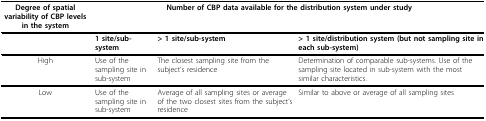
<table><thead><tr><td><b>Degree of spatial variability of CBP levels in the system</b></td><td colspan="3"><b>Number of CBP data available for the distribution system under study</b></td></tr></thead><tbody><tr><td></td><td><b>1 site/sub-system</b></td><td><b>&gt; 1 site/sub-system</b></td><td><b>&gt; 1 site/distribution system (but not sampling site in each sub-system)</b></td></tr><tr><td>High</td><td>Use of the sampling site in sub-system</td><td>The closest sampling site from the subject&#x27;s residence</td><td>Determination of comparable sub-systems. Use of the sampling site located in sub-system with the most similar characteristics.</td></tr><tr><td>Low</td><td>Use of the sampling site in sub-system</td><td>Average of all sampling sites or average of the two closest sites from the subject&#x27;s residence</td><td>Similar to above or average of all sampling sites</td></tr></tbody></table>